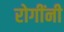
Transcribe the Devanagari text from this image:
रोगींनी